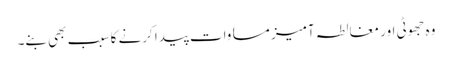
وہ جھوٹی اور مغالطہ آمیز مساوات پیدا کرنے کا سبب بھی بنے۔